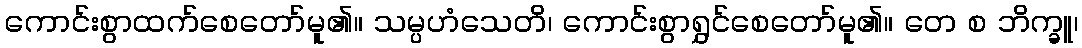
ကောင်းစွာထက်စေတော်မူ၏။ သမ္ပဟံသေတိ၊ ကောင်းစွာရွှင်စေတော်မူ၏။ တေ စ ဘိက္ခူ၊